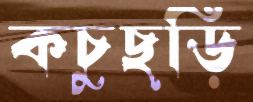
কচুছড়ি